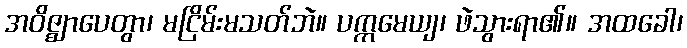
အဝိဇ္ဈာပေတွာ၊ မငြိမ်းမသတ်ဘဲ။ ပက္ကမေယျ၊ ဖဲသွားရာ၏။ အထခေါ၊